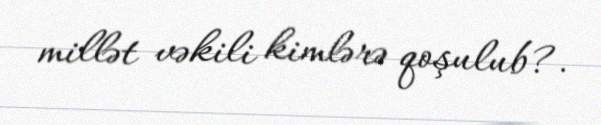
millət vəkili kimlərə qoşulub?.